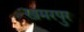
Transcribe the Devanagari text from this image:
खमरपुर